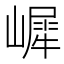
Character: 𡼧